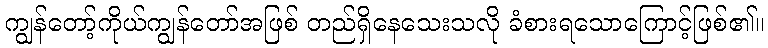
ကျွန်တော့်ကိုယ်ကျွန်တော်အဖြစ် တည်ရှိနေသေးသလို ခံစားရသောကြောင့်ဖြစ်၏။